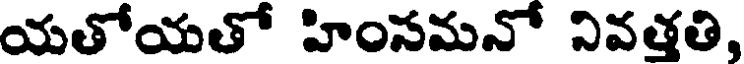
యతోయతో హింసమనో నివత్తతి,